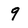
Character: 9